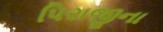
પિરાજીના